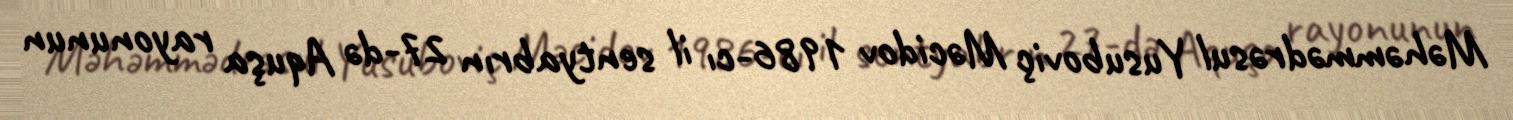
Məhəmmədrəsul Yusuboviç Məcidov 1986-cı il sentyabrın 27-də Aquşa rayonunun